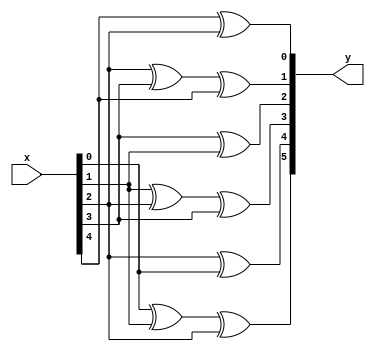
`timescale 1ns / 1ps
//////////////////////////////////////////////////////////////////////////////////
// Company: 
// Engineer: 
// 
// Design Name: 
// Module Name: ENCODER
// Project Name: 
// Target Devices: 
// Tool Versions: 
// Description: 
// 
// Dependencies: 
// 
// Revision:
// Revision 0.01 - File Created
// Additional Comments:
// 
//////////////////////////////////////////////////////////////////////////////////


module convolutional_encoder(x,y);	//x is the 3 bit input, padd 00 at last , and y is the encoded output
input [4:0]x;	//for a 3 bit input pad 00 and 00 in start and last

output [5:0]y;

reg [5:0]y;

always@(*)
begin
y[5]=x[0]^x[1]^x[2];

y[4]=x[2]^x[0];
y[3]=x[1]^x[2]^x[3];
y[2]=x[3]^x[1];
y[1]=x[2]^x[3]^x[4];
y[0]=x[4]^x[2];


end
endmodule